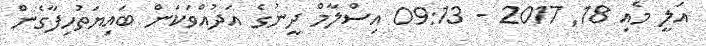
އަލީ މެއި 18